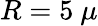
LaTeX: R=5~\mu